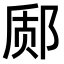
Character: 𫟬